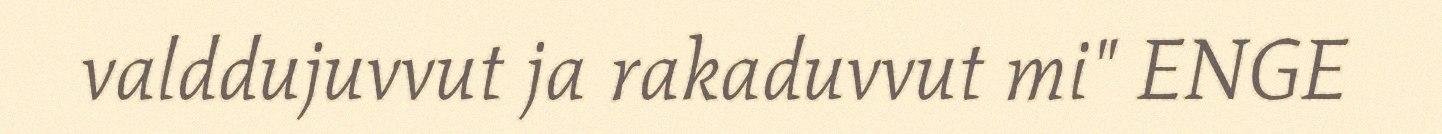
valddujuvvut ja rakaduvvut mi" ENGE